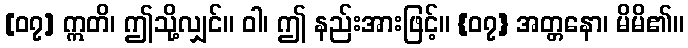
[၀၇] ဣတိ၊ ဤသို့လျှင်။ ဝါ၊ ဤ နည်းအားဖြင့်။ {၀၇} အတ္တနော၊ မိမိ၏။